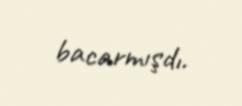
bacarmışdı.